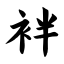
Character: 袢